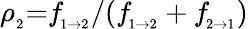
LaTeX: \rho_{_2}{=}f\! _{_{1{\rightarrow}2}}/(f\! _{_{1{\rightarrow}2}}+f\! _{_{2{\rightarrow}1}})